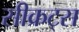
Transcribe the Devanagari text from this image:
सीक्रट्स